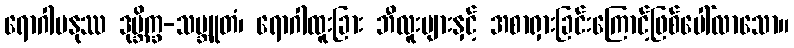
ရောဂါမနုဿ ဒုဗ္ဘိက္ခ-သမ္ဘူတံ၊ ရောဂါထူးခြား ဘီလူးများနှင့် အစာရှားခြင်းကြောင့်ဖြစ်ပေါ်လာသော။